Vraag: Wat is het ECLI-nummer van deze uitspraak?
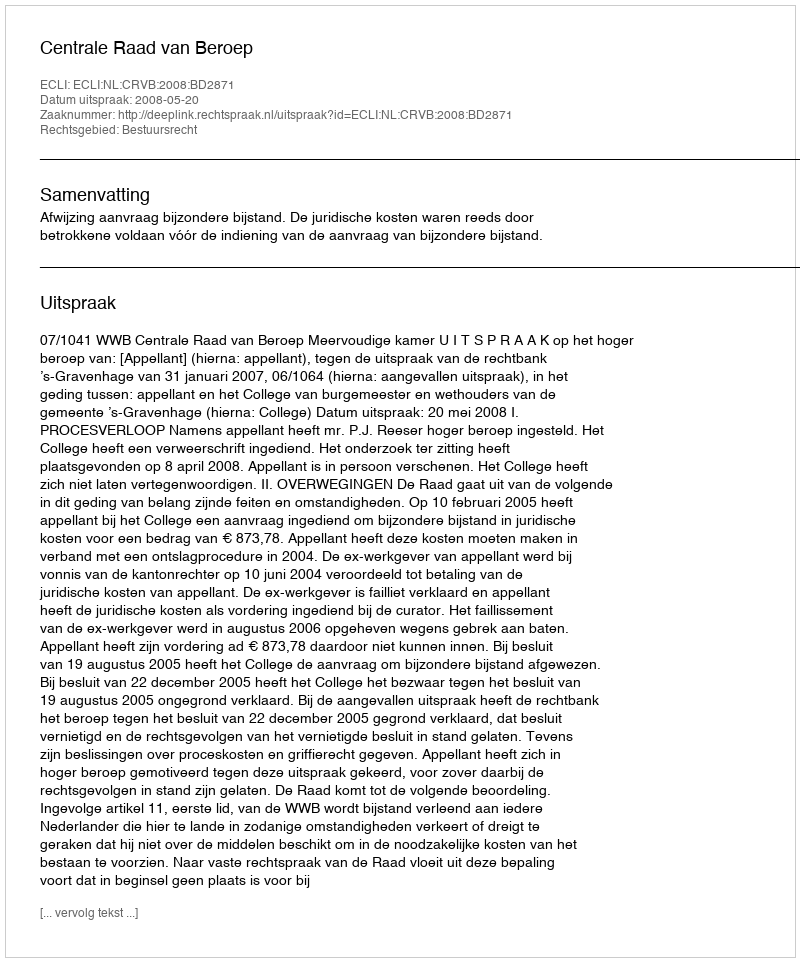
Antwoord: ECLI:NL:CRVB:2008:BD2871